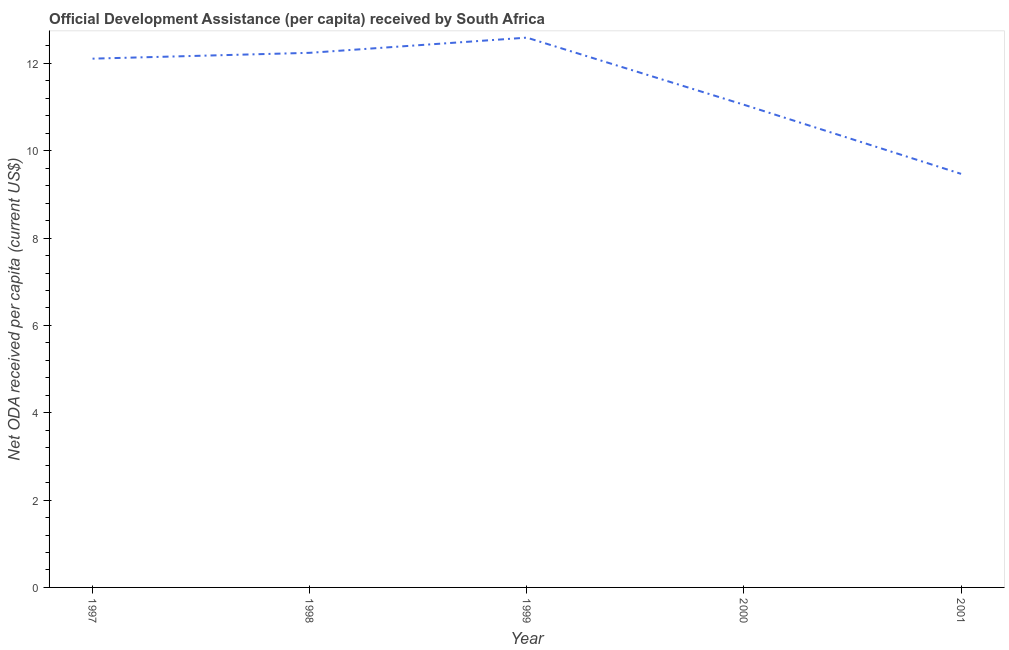
| Year | Net ODA received per capita |
 | --- | --- |
 | 1997 | 12.1 |
 | 1998 | 12.2 |
 | 1999 | 12.6 |
 | 2000 | 11.1 |
 | 2001 | 9.47 |